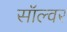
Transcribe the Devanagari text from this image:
सॉल्वर